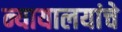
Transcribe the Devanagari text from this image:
न्यायालयांचे